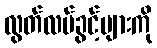
လွတ်လပ်ခွင့်များကို